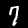
Digit: 7